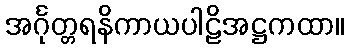
အင်္ဂုတ္တရနိကာယပါဠိအဋ္ဌကထာ။